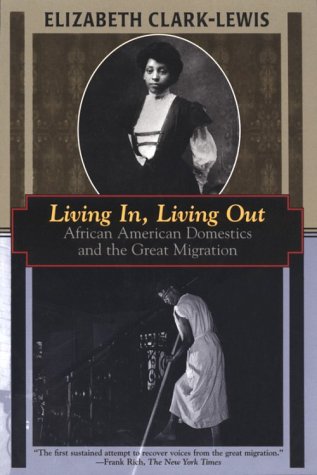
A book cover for Living In, Living Out: African American Domestics and the Great Migration (Kodansha globe series); Elizabeth Clark-Lewis; Business & Money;